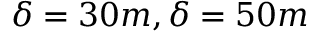
\delta = 3 0 m , \delta = 5 0 m